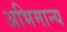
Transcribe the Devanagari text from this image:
अभिमान्य